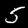
Digit: 5